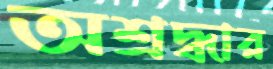
অশ্রদ্ধার